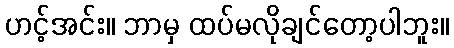
ဟင့်အင်း။ ဘာမှ ထပ်မလိုချင်တော့ပါဘူး။